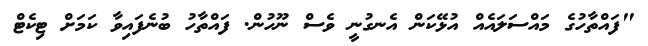
"ފައްތާހުގެ މައްސަލައެއް އުޅޭކަން އެނގުނީ ވެސް ނޫހުން. ފައްތާހު ބުނެފައިވާ ކަމަށް ޓިކެޓް